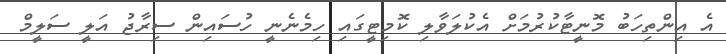
އެ އިންތިހަބު މޮނީޓާކުރުމަށް އެކުލަވާލި ކޮމިޓީގައި ހިމެނެނީ ހުސައިން ސިރާޖު އަލީ ސަލީމް